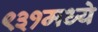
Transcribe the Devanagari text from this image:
९३१मध्ये